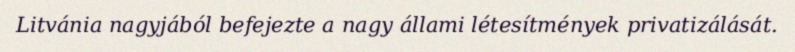
Litvánia nagyjából befejezte a nagy állami létesítmények privatizálását.